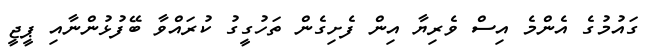
ގައުމުގެ އެންމެ އިސް ވެރިޔާ އިން ފެށިގެން ތަހުގީގު ކުރައްވާ ބޭފުޅުންނާއި ޕީޖީ